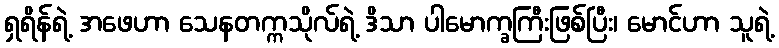
ရှရိန်ရဲ့ အဖေဟာ သေနတက္ကသိုလ်ရဲ့ ဒိသာ ပါမောက္ခကြီးဖြစ်ပြီး၊ မောင်ဟာ သူရဲ့